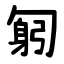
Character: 匑